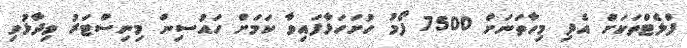
ފްލެޓްތަކަށް އެދި މިހާތަނަށް 7500 ފޯމު ހުށަހަޅާފައިވާ ކަމަށް ހައުސިން މިނިސްޓަރު ވިދާޅުވި